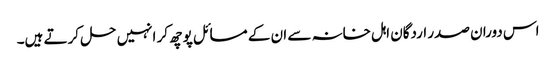
اس دوران صدر اردگان اہل خانہ سے ان کے مسائل پوچھ کر انہیں حل کرتے ہیں۔